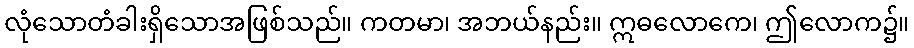
လုံသောတံခါးရှိသောအဖြစ်သည်။ ကတမာ၊ အဘယ်နည်း။ ဣဓလောကေ၊ ဤလောက၌။